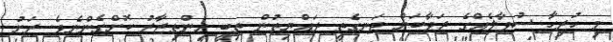
މި ހުރިހާ ސުވާލެއްގެ ޖަވާބަށް ދަނގެތީ ރައްޔިތުން ތިބީ އިންތިޒާރު ކޮށްގެންނެވެ. ރަށު